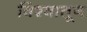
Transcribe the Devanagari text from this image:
विश्वातून